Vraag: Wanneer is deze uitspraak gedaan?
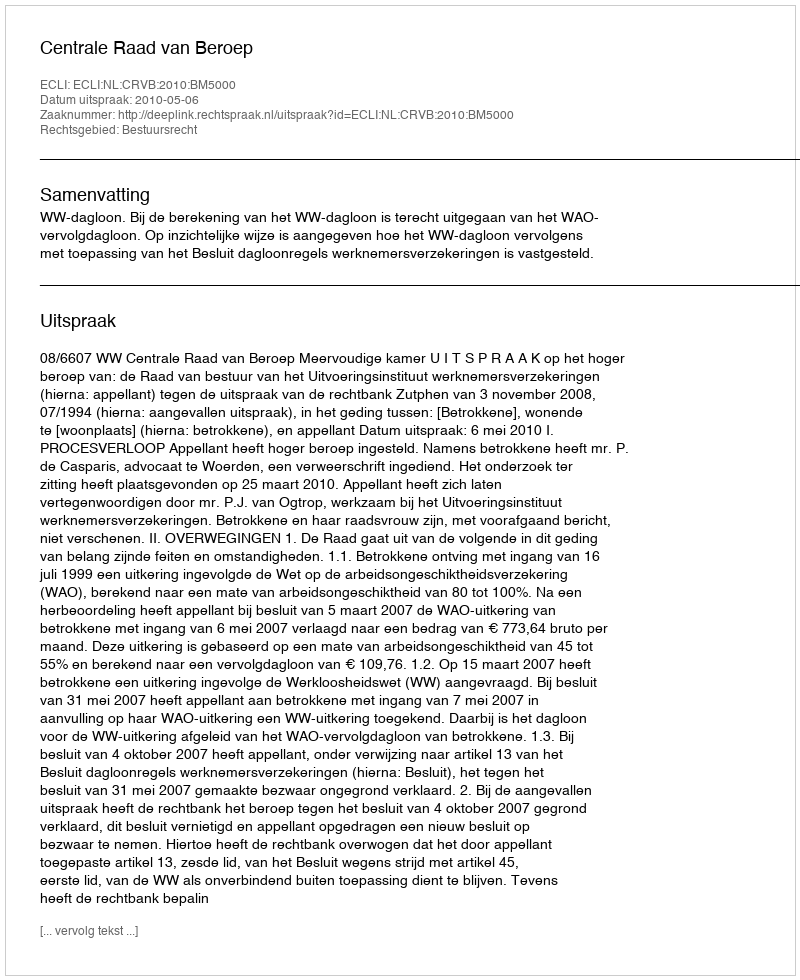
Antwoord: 2010-05-06